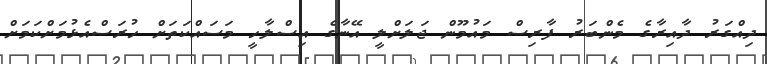
ދިއްގަރު ދާއިރާގެ މެންބަރު ފާރިސް މައުމޫން ޖަލަށްލީ އޭނާގެ އިސްލާހީ މަސައްކަތަށް ހުރަސްއެޅުމަށްކަމަށް